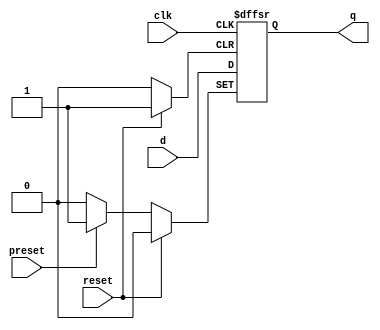
module dff_async_preset (
    input wire clk,
    input wire reset,
    input wire preset,
    input wire d,
    output reg q
);

always @ (posedge clk or posedge reset or posedge preset) begin
    if (reset) begin
        q <= 1'b0; // async reset
    end else if (preset) begin
        q <= 1'b1; // async preset
    end else begin
        q <= d; // synchronous behavior
    end
end

endmodule